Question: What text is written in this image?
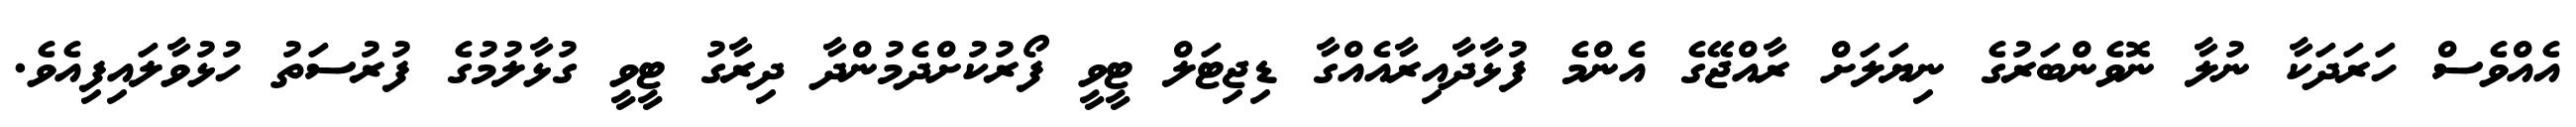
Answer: އެއްވެސް ހަރަދަކާ ނުލާ ނޮވެންބަރުގެ ނިޔަލަށް ރާއްޖޭގެ އެންމެ ފުޅާދާއިރާއެއްގާ ޑިޖިޓަލް ޓީވީ ފޯރުކުށްދެމުންދާ ދިރާގު ޓީވީ ގުޅާލުމުގެ ފުރުސަތު ހުޅުވާލައިފިއެވެ.